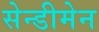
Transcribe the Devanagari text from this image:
सेन्डीमेन